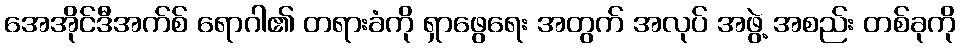
အေအိုင်ဒီအက်စ် ရောဂါ၏ တရားခံကို ရှာဖွေရေး အတွက် အလုပ် အဖွဲ့ အစည်း တစ်ခုကို